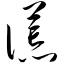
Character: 谎